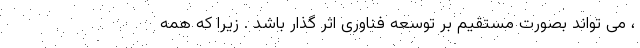
، می تواند بصورت مستقیم بر توسعه فناوری اثر گذار باشد . زیرا که همه